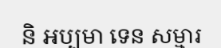
និ អប្បមា ទេន សម្មារ